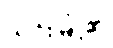
ယင်းမြို့၏